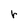
Character: r